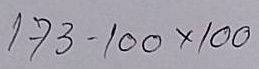
173 - 100 x 100